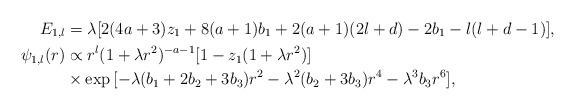
LaTeX: \begin{align*} E_{1,l} &= \lambda[2(4a+3)z_1 + 8(a+1)b_1 + 2(a+1)(2l+d) - 2b_1 - l(l+d-1)], \\ \psi_{1,l}(r) &\propto r^l (1+\lambda r^2)^{-a-1} [1-z_1(1+\lambda r^2)] \\ &\times \exp{[- \lambda(b_1+2b_2+3b_3)r^2 - \lambda^2 (b_2+3b_3) r^4 - \lambda^3 b_3 r^6]},\end{align*}